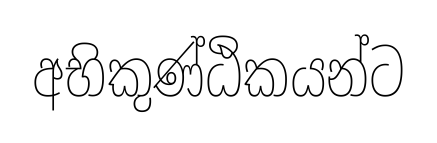
අභිකුණ්ඨිකයන්ට